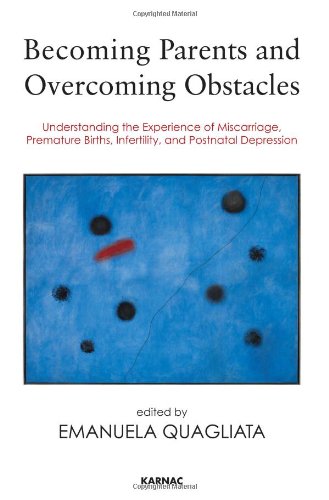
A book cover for Becoming Parents and Overcoming Obstacles: Understanding the Experience of Miscarriage, Premature Births, Infertility, and Postnatal Depression; Health, Fitness & Dieting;